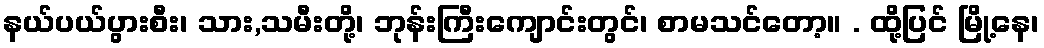
နယ်ပယ်ပွားစီး၊ သား,သမီးတို့၊ ဘုန်းကြီးကျောင်းတွင်၊ စာမသင်တော့။ . ထို့ပြင် မြို့နေ၊